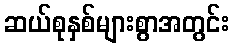
ဆယ်စုနှစ်များစွာအတွင်း